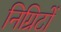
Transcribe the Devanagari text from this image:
निग्रिटों